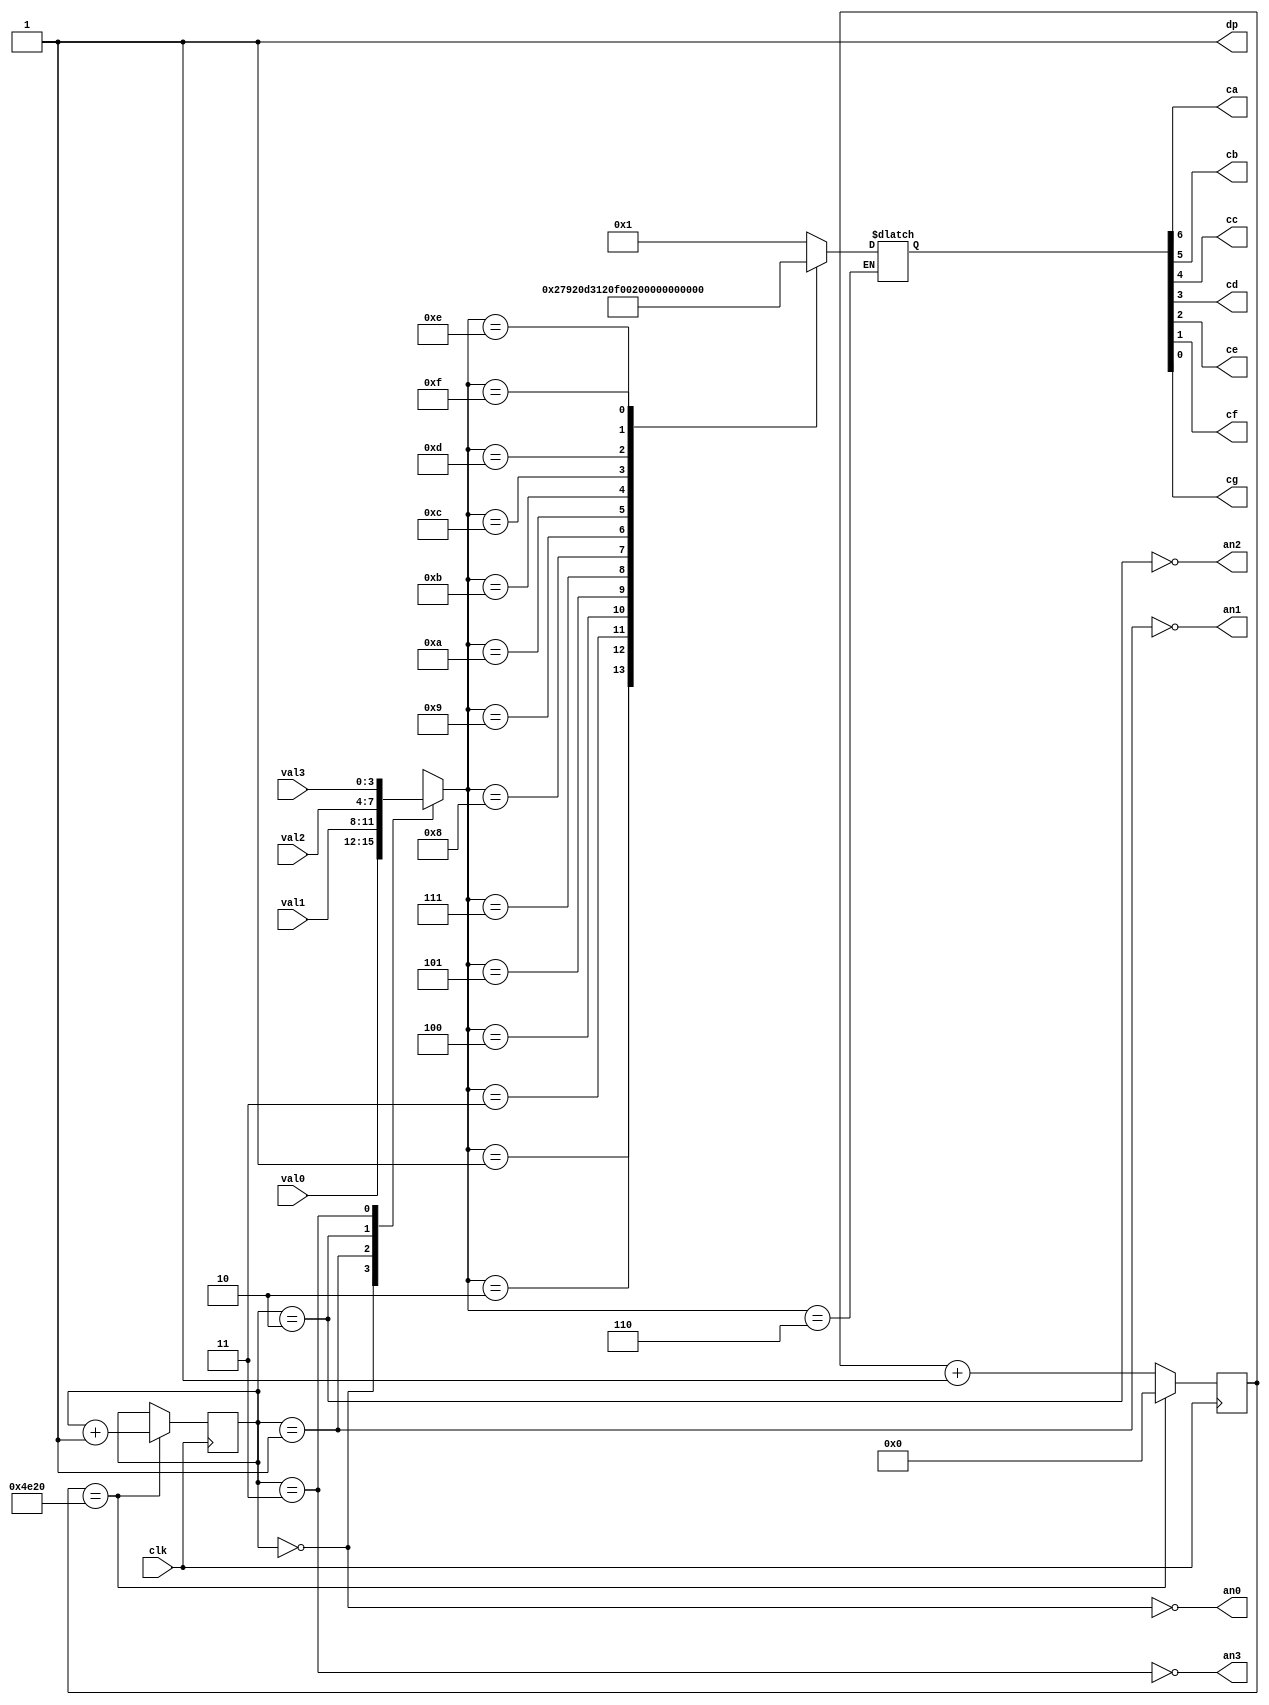
module seven_segment(
    input wire clk,
    input wire [3:0] val3,
    input wire [3:0] val2,
    input wire [3:0] val1,
    input wire [3:0] val0,
    output wire an3,
    output wire an2,
    output wire an1, 
    output wire an0,
    output wire ca,
    output wire cb,
    output wire cc,
    output wire cd,
    output wire ce,
    output wire cf,
    output wire cg,
    output wire dp
    );
    
    // We are not using the decimal point, so deactivate this signal
    // it is an active low signal
    
    assign dp = 1'b1;
    
    // Assign counter and variable sizes
    reg [15:0] counter = 0;
    reg [1:0] step = 0;
    reg [3:0] val;
    reg [6:0] Display;
    
    assign {ca, cb, cc, cd, ce, cf, cg} = Display;
    
    always @ (*)
    begin 
    case(val)
    4'h0: Display = 7'b0000001;    // "0"
    4'h1: Display = 7'b1001111;    // "1"
    4'h2: Display = 7'b0010010;    // "2"
    4'h3: Display = 7'b0000110;    // "3"
    4'h4: Display = 7'b1001100;    // "4"
    4'h5: Display = 7'b0100100;    // "5"
    4'h6: Dispaly = 7'b0100000;    // "6"
    4'h7: Display = 7'b0001111;    // "7"
    4'h8: Display = 7'b0000000;    // "8"
    4'h9: Display = 7'b0000100;    // "9"
    4'hA: Display = 7'b0001000;    // "A"
    4'hB: Display = 7'b1100000;    // "b"
    4'hC: Display = 7'b0110001;    // "C"
    4'hD: Display = 7'b1000010;    // "d"
    4'hE: Display = 7'b0110000;    // "E"
    4'hF: Display = 7'b0111000;    // "F"
    default: Display = 7'b0000001; // "0"
    endcase
    end
    
    always @(posedge clk)
    begin
    if (counter == 20000) counter <= 0;
    else counter <= counter + 1;
    end
    
    always @(posedge clk)
    begin 
    if (counter == 20000) step <= step + 1;
    end
    
    always @ (*)
    begin
    case(step)
    0: val = val0;
    1: val = val1;
    2: val = val2;
    3: val = val3;
    endcase
    end
    
    assign an0 = !(step == 0);
    assign an1 = !(step == 1);
    assign an2 = !(step == 2);
    assign an3 = !(step == 3);
    
    
endmodule